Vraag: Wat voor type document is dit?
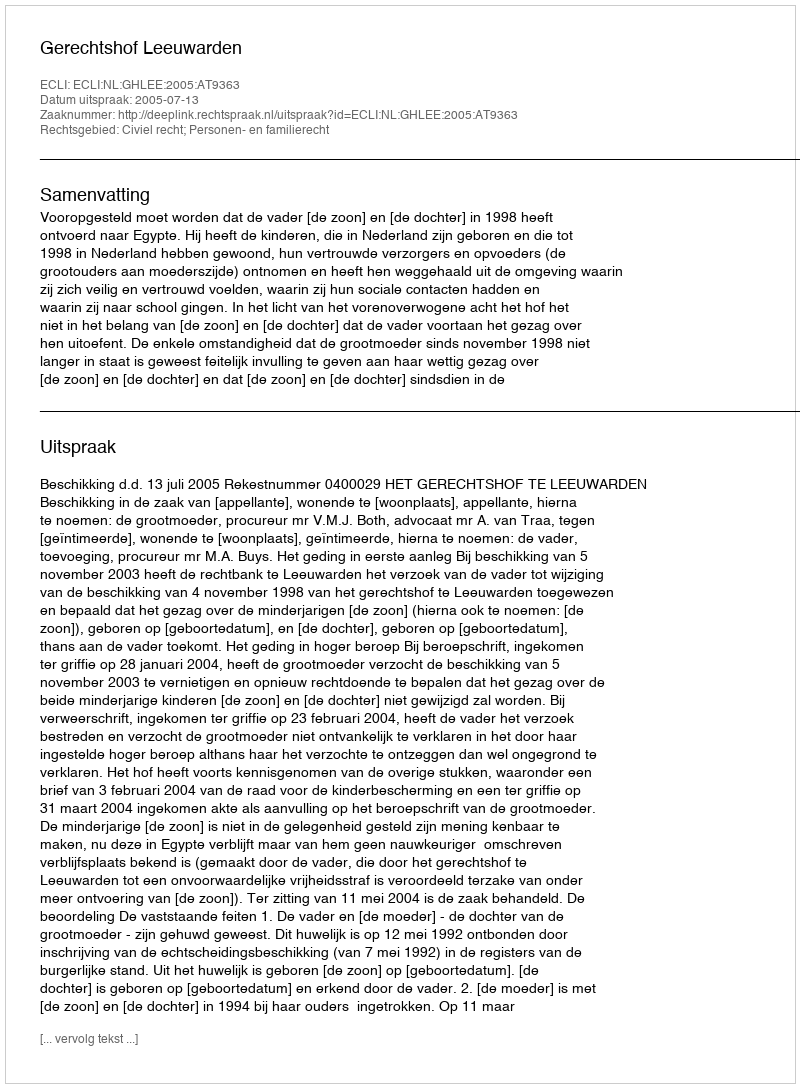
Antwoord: Uitspraak